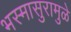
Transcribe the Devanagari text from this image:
भस्मासुरामुळे